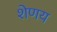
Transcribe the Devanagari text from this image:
शेणय